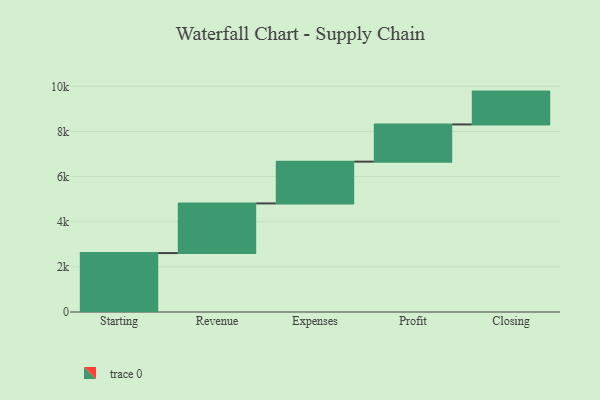
{"axis": {"x": "Step", "y": "Value"}, "legend": [""], "data": [{"x": "Starting", "y": 2611.0, "type": ""}, {"x": "Revenue", "y": 2200.0, "type": ""}, {"x": "Expenses", "y": 1851.0, "type": ""}, {"x": "Profit", "y": 1649.0, "type": ""}, {"x": "Closing", "y": 1455.0, "type": ""}]}